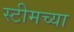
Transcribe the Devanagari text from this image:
स्टीमच्या